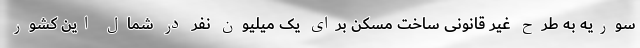
سوریه به طرح غیر قانونی ساخت مسکن برای یک میلیون نفر در شمال این کشور